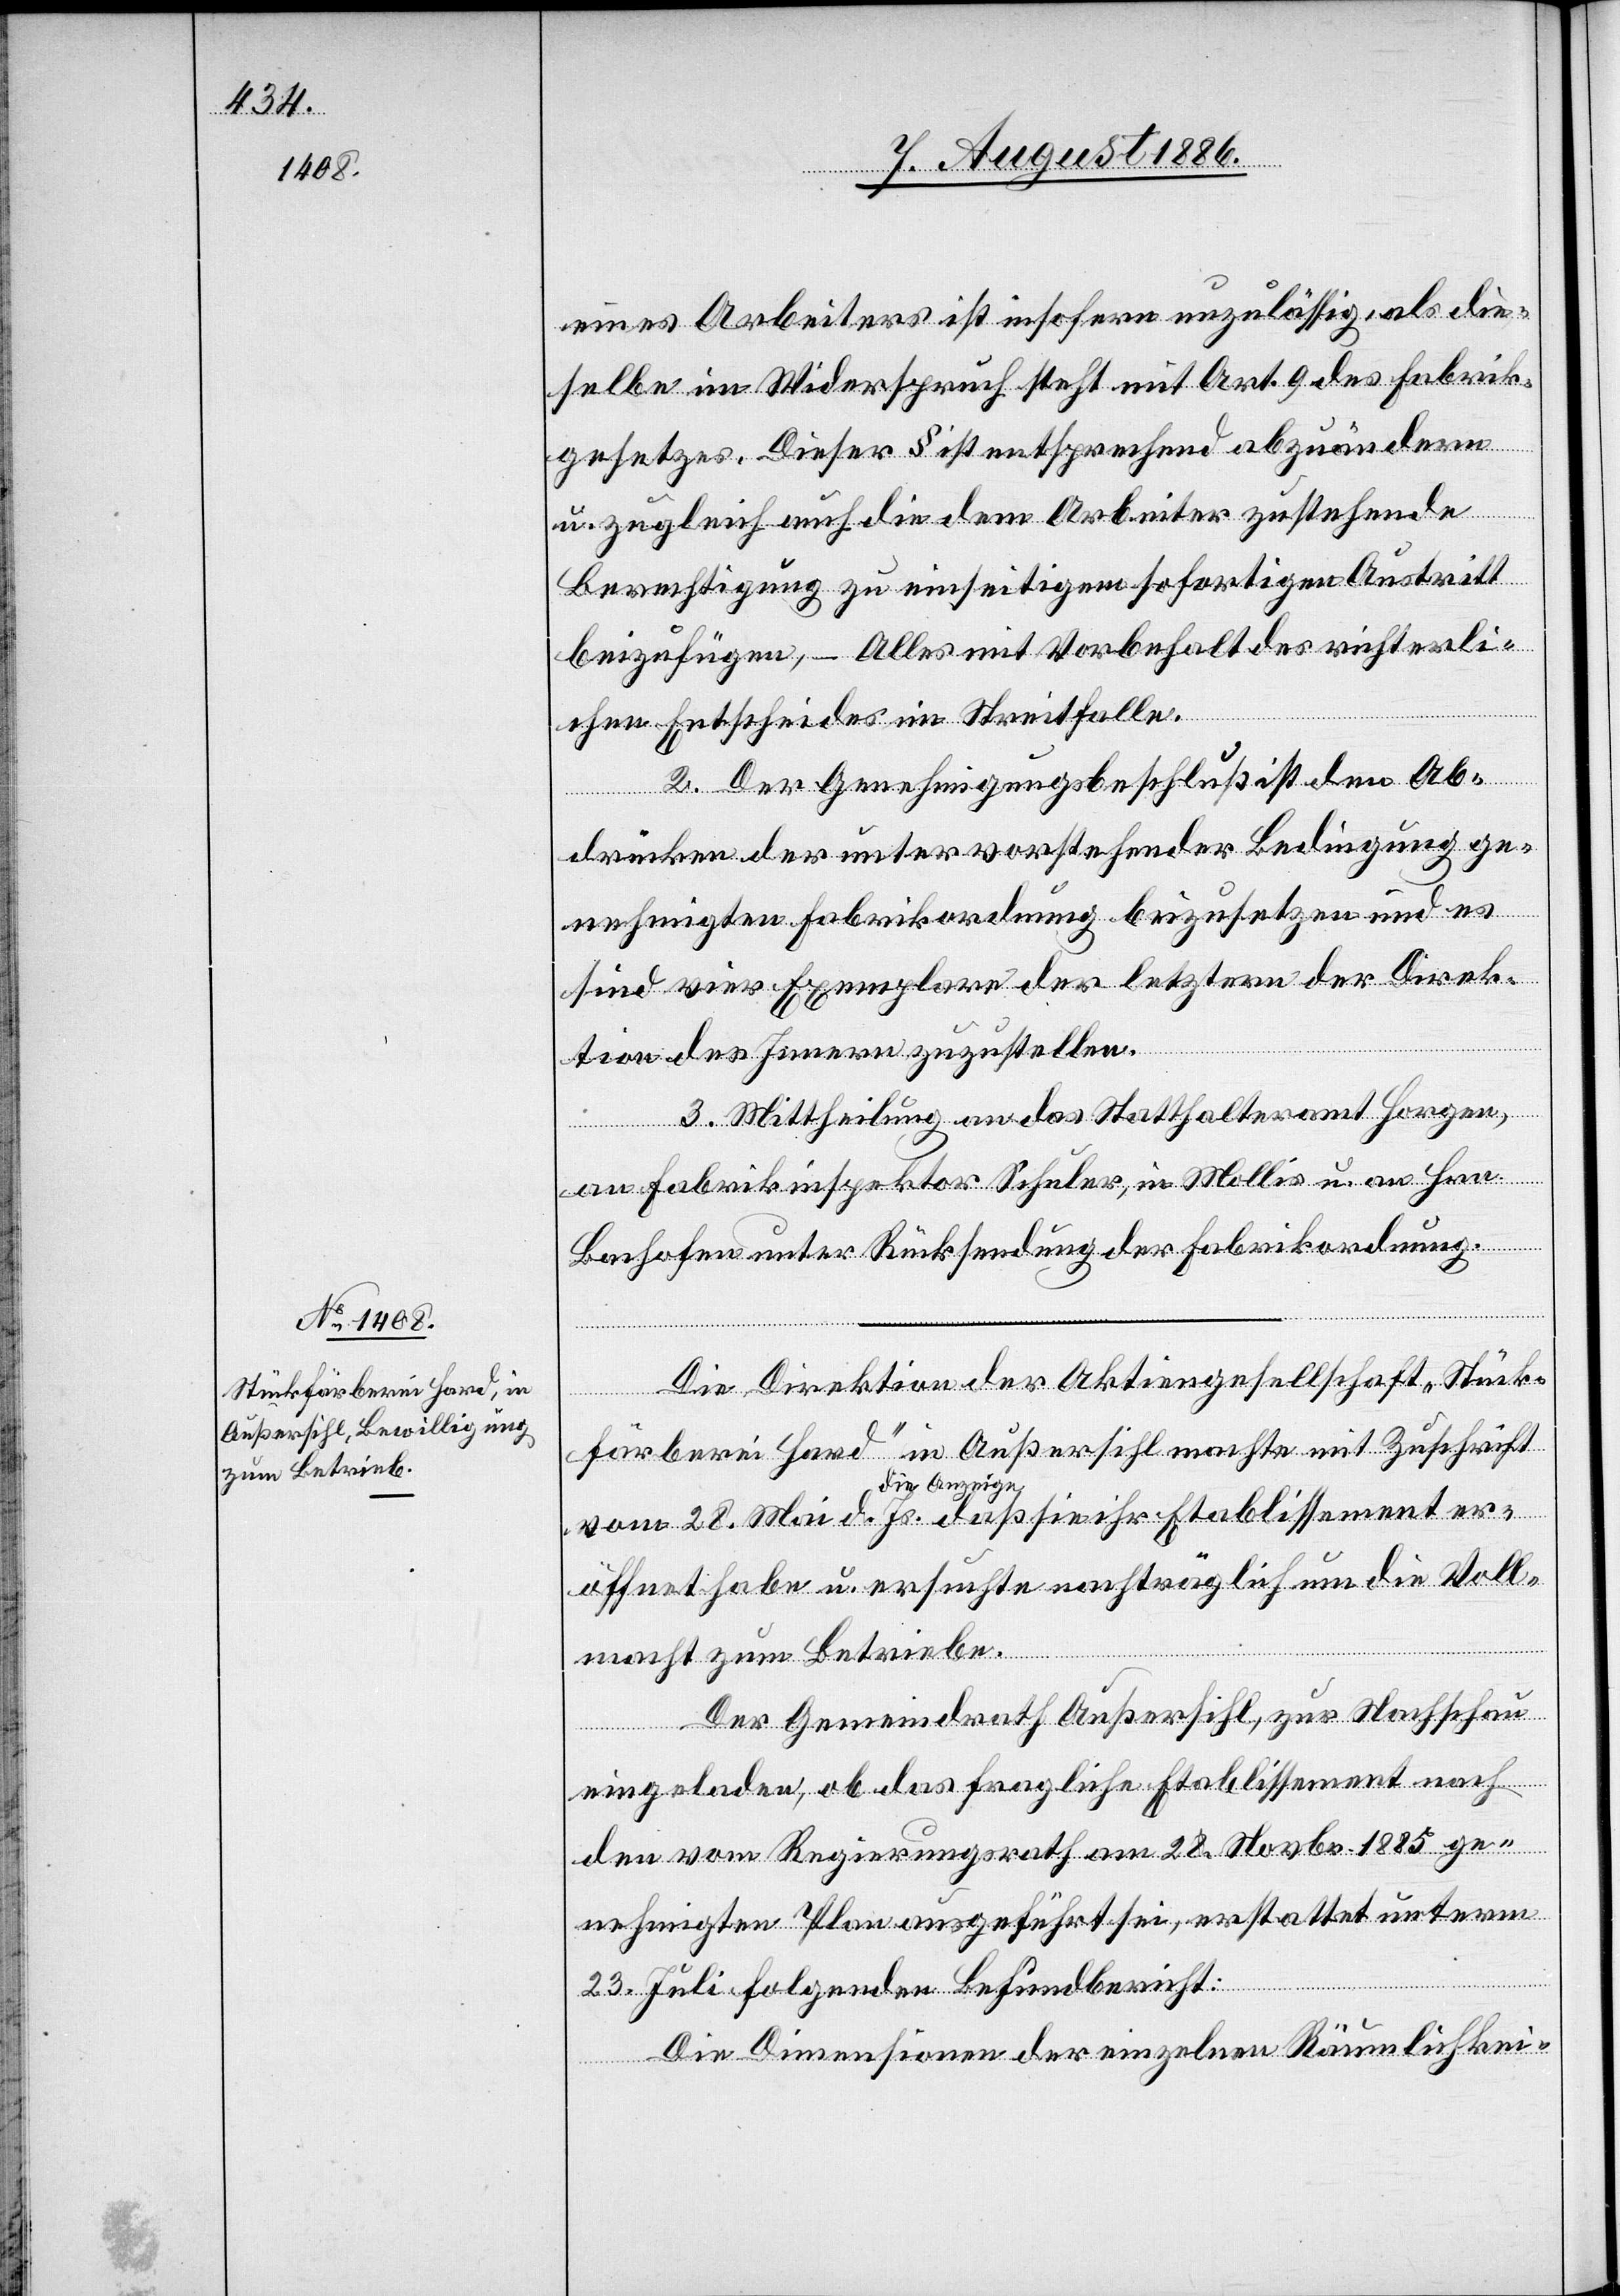
eines Arbeiters ist insofern unzulässig, als die¬
selbe im Widerspruch steht mit Art. 9 des Fabrik¬
gesetzes. Dieser § ist entsprechend abzuändern
u. zugleich auch die dem Arbeiter zustehende
Berechtigung zu einseitigem sofortigen Austritt
beizufügen, – Alles mit Vorbehalt des richterli¬
chen Entscheides im Streitfalle.
2. Der Genehmigungsbeschluß ist den Ab¬
drücken der unter vorstehender Bedingung ge¬
nehmigten Fabrikordnung beizusetzen und es
sind vier Exemplare der letztern der Direk¬
tion des Innern zuzustellen.
3. Mittheilung an das Statthalteramt Horgen,
den
an Fabrikinspektor Schuler, in Mollis u. an Hrn.
Bachofen unter Rücksendung der Fabrikordnung.
Die Direktion der Aktiengesellschaft „Stück¬
färberei Hard“ in Außersihl machte mit Zuschrift
die Anzeige
öffnet habe u. ersuchte nachträglich um die Voll¬
macht zum Betriebe.
Der Gemeindrath Außersihl, zur Nachschau
eingeladen, ob das fragliche Etablissement nach
dem] vom Regierungsrath am 28. Novbr. 1885 ge¬
nehmigten Plan ausgeführt sei, erstattet unterm
[recte:
23. Juli folgenden Befundbericht:
Die Dimensionen der einzelnen Räumlichkei-